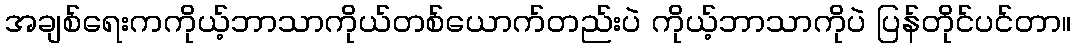
အချစ်ရေးကကိုယ့်ဘာသာကိုယ်တစ်ယောက်တည်းပဲ ကိုယ့်ဘာသာကိုပဲ ပြန်တိုင်ပင်တာ။